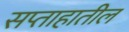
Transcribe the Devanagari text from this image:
सप्ताहातील